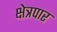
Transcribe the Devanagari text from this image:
क्षेत्रपार